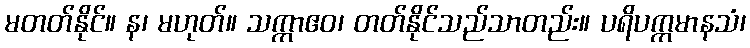
မတတ်နိုင်။ န၊ မဟုတ်။ သက္ကာဧဝ၊ တတ်နိုင်သည်သာတည်း။ ပရိပက္ကမာနသံ၊